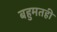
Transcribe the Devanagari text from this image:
बहुमतही